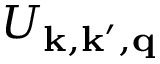
U _ { \mathbf { k } , \mathbf { k } ^ { \prime } , \mathbf { q } }